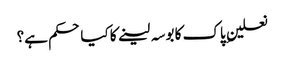
نعلینِ پاک کا بوسہ لینے کا کیا حکم ہے؟